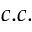
c . c .